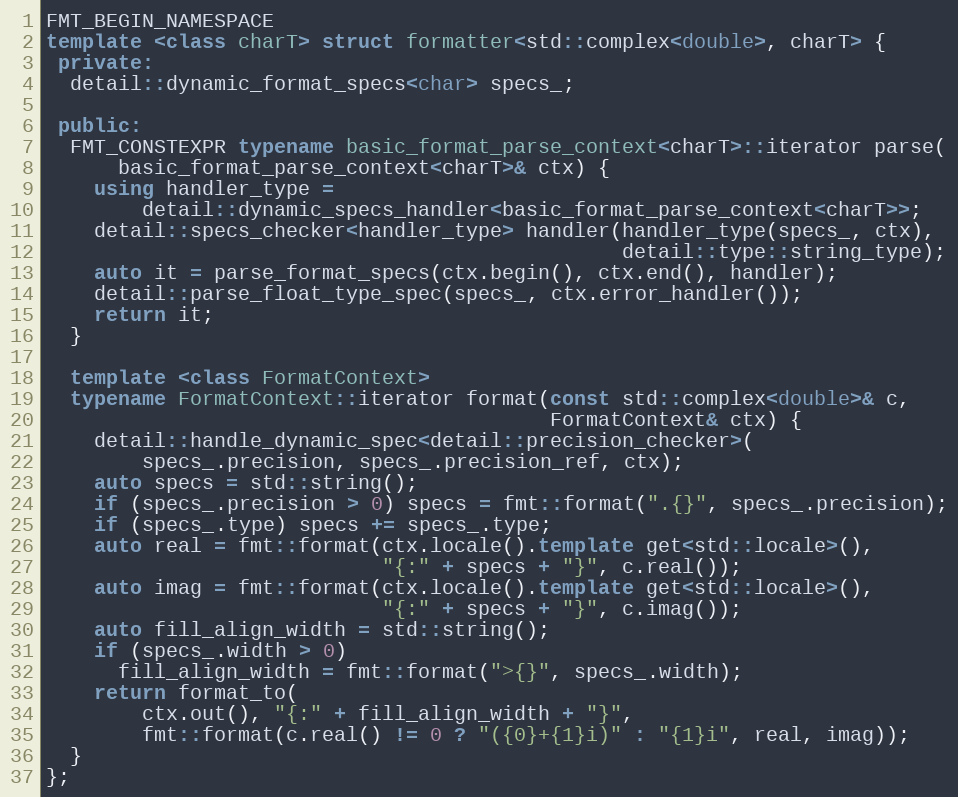
Language: C++
FMT_BEGIN_NAMESPACE
template <class charT> struct formatter<std::complex<double>, charT> {
 private:
  detail::dynamic_format_specs<char> specs_;

 public:
  FMT_CONSTEXPR typename basic_format_parse_context<charT>::iterator parse(
      basic_format_parse_context<charT>& ctx) {
    using handler_type =
        detail::dynamic_specs_handler<basic_format_parse_context<charT>>;
    detail::specs_checker<handler_type> handler(handler_type(specs_, ctx),
                                                detail::type::string_type);
    auto it = parse_format_specs(ctx.begin(), ctx.end(), handler);
    detail::parse_float_type_spec(specs_, ctx.error_handler());
    return it;
  }

  template <class FormatContext>
  typename FormatContext::iterator format(const std::complex<double>& c,
                                          FormatContext& ctx) {
    detail::handle_dynamic_spec<detail::precision_checker>(
        specs_.precision, specs_.precision_ref, ctx);
    auto specs = std::string();
    if (specs_.precision > 0) specs = fmt::format(".{}", specs_.precision);
    if (specs_.type) specs += specs_.type;
    auto real = fmt::format(ctx.locale().template get<std::locale>(),
                            "{:" + specs + "}", c.real());
    auto imag = fmt::format(ctx.locale().template get<std::locale>(),
                            "{:" + specs + "}", c.imag());
    auto fill_align_width = std::string();
    if (specs_.width > 0)
      fill_align_width = fmt::format(">{}", specs_.width);
    return format_to(
        ctx.out(), "{:" + fill_align_width + "}",
        fmt::format(c.real() != 0 ? "({0}+{1}i)" : "{1}i", real, imag));
  }
};